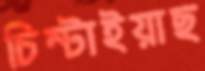
চিম্‌টাইয়াছ